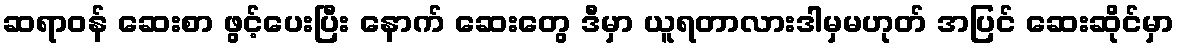
ဆရာဝန် ဆေးစာ ဖွင့်ပေးပြီး နောက် ဆေးတွေ ဒီမှာ ယူရတာလားဒါမှမဟုတ် အပြင် ဆေးဆိုင်မှာ